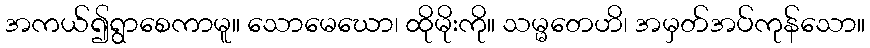
အကယ်၍ရွာစေကာမူ။ သောမေဃော၊ ထိုမိုးကို။ သမ္မတေဟိ၊ အမှတ်အပ်ကုန်သော။